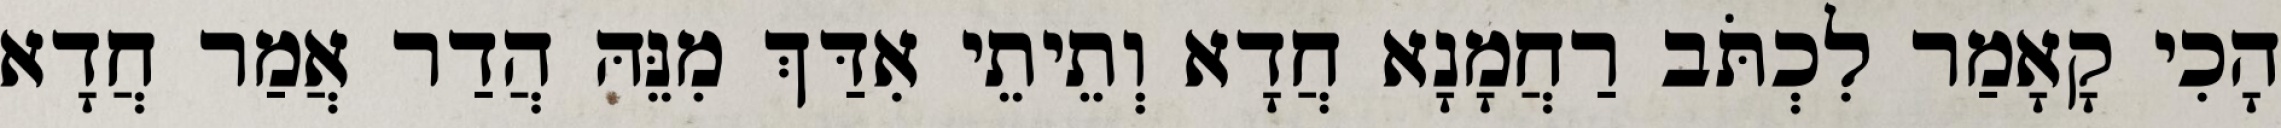
הָכִי קָאָמַר לִכְתֹּב רַחֲמָנָא חֲדָא וְתֵיתֵי אִדַּךְ מִנֵּהּ הֲדַר אֲמַר חֲדָא